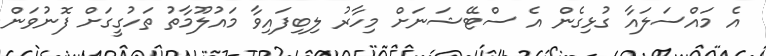
އެ މައްސަލައާ ގުޅިގެން އެ ސްޓޭޝަނަށް މިހާރު ލިބިފައިވާ މައުލޫމާތު ތަހުގީގަށް ފޮނުވަން